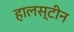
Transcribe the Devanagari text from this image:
हालस्टीन